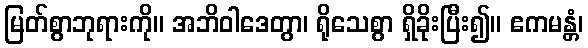
မြတ်စွာဘုရားကို။ အဘိဝါဒေတွာ၊ ရိုသေစွာ ရှိခိုးပြီး၍။ ဧကမန္တံ၊